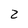
Character: 2